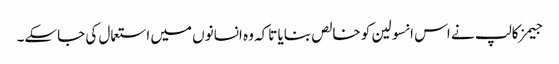
جیمز کالپ نے اس انسولین کو خالص بنایا تاکہ وہ انسانوں‌ میں‌ استعمال کی جاسکے۔